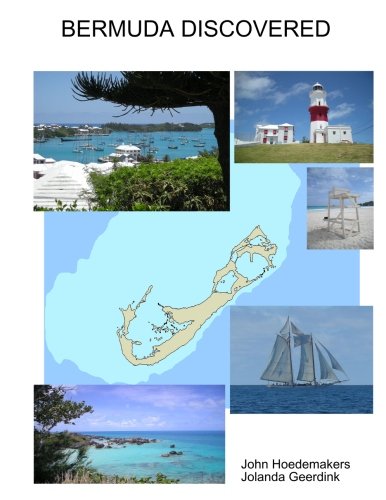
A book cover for Bermuda Discovered; John Hoedemakers; Travel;